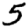
Digit: 5